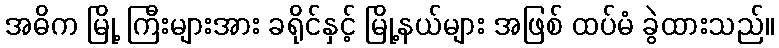
အဓိက မြို့ ကြီးများအား ခရိုင်နှင့် မြို့နယ်များ အဖြစ် ထပ်မံ ခွဲထားသည်။